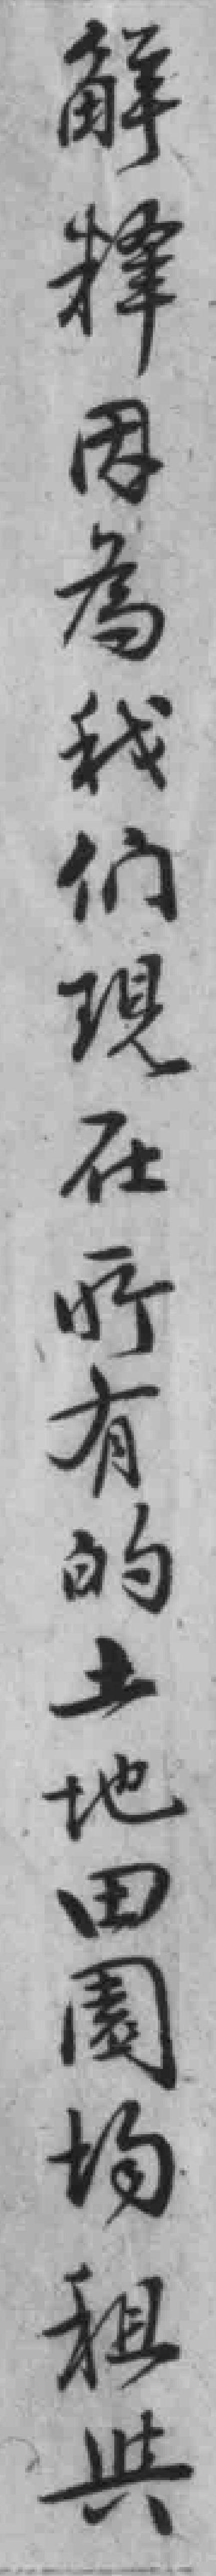
解釋因為我们現在所有的土地田園均租舆